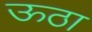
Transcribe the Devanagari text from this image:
ऊठा